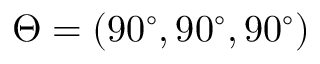
\Theta = ( 9 0 ^ { \circ } , 9 0 ^ { \circ } , 9 0 ^ { \circ } )